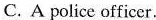
C.A police officer.